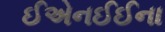
ઈએનઈઈના